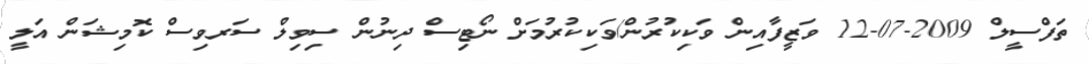
ތަފްސީލް 2009-07-12 ވަޒީފާއިން ވަކިކުރުން/ވަކިކުރުމަށް ނޯޓިސް ދިނުން ސިވިލް ސަރވިސް ކޮމިޝަން އަލީ